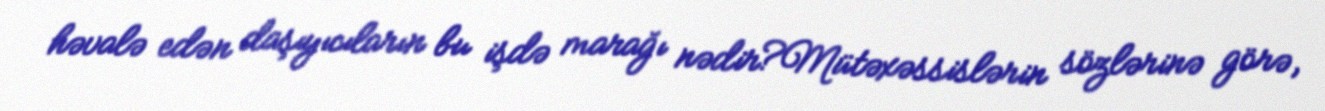
həvalə edən daşıyıcıların bu işdə marağı nədir?Mütəxəssislərin sözlərinə görə,